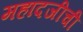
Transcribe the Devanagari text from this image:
महादजीची